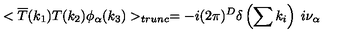
< \overline { { T } } ( k _ { 1 } ) T ( k _ { 2 } ) \phi _ { \alpha } ( k _ { 3 } ) > _ { t r u n c } = - i ( 2 \pi ) ^ { D } \delta \left( \sum k _ { i } \right) \: i \nu _ { \alpha }